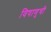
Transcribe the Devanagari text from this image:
विषाणुची